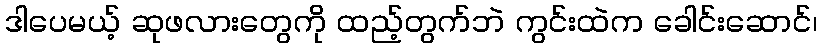
ဒါပေမယ့် ဆုဖလားတွေကို ထည့်တွက်ဘဲ ကွင်းထဲက ခေါင်းဆောင်၊